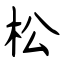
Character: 松